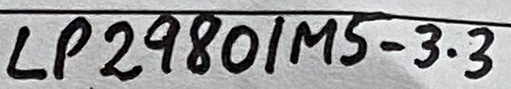
Text: LP2980/MS-3.3